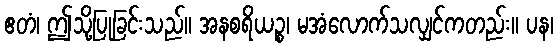
ဧတံ၊ ဤသို့ပြုခြင်းသည်။ အနစရိယဉ္စ၊ မအံလောက်သလျှင်ကတည်း။ ပန၊